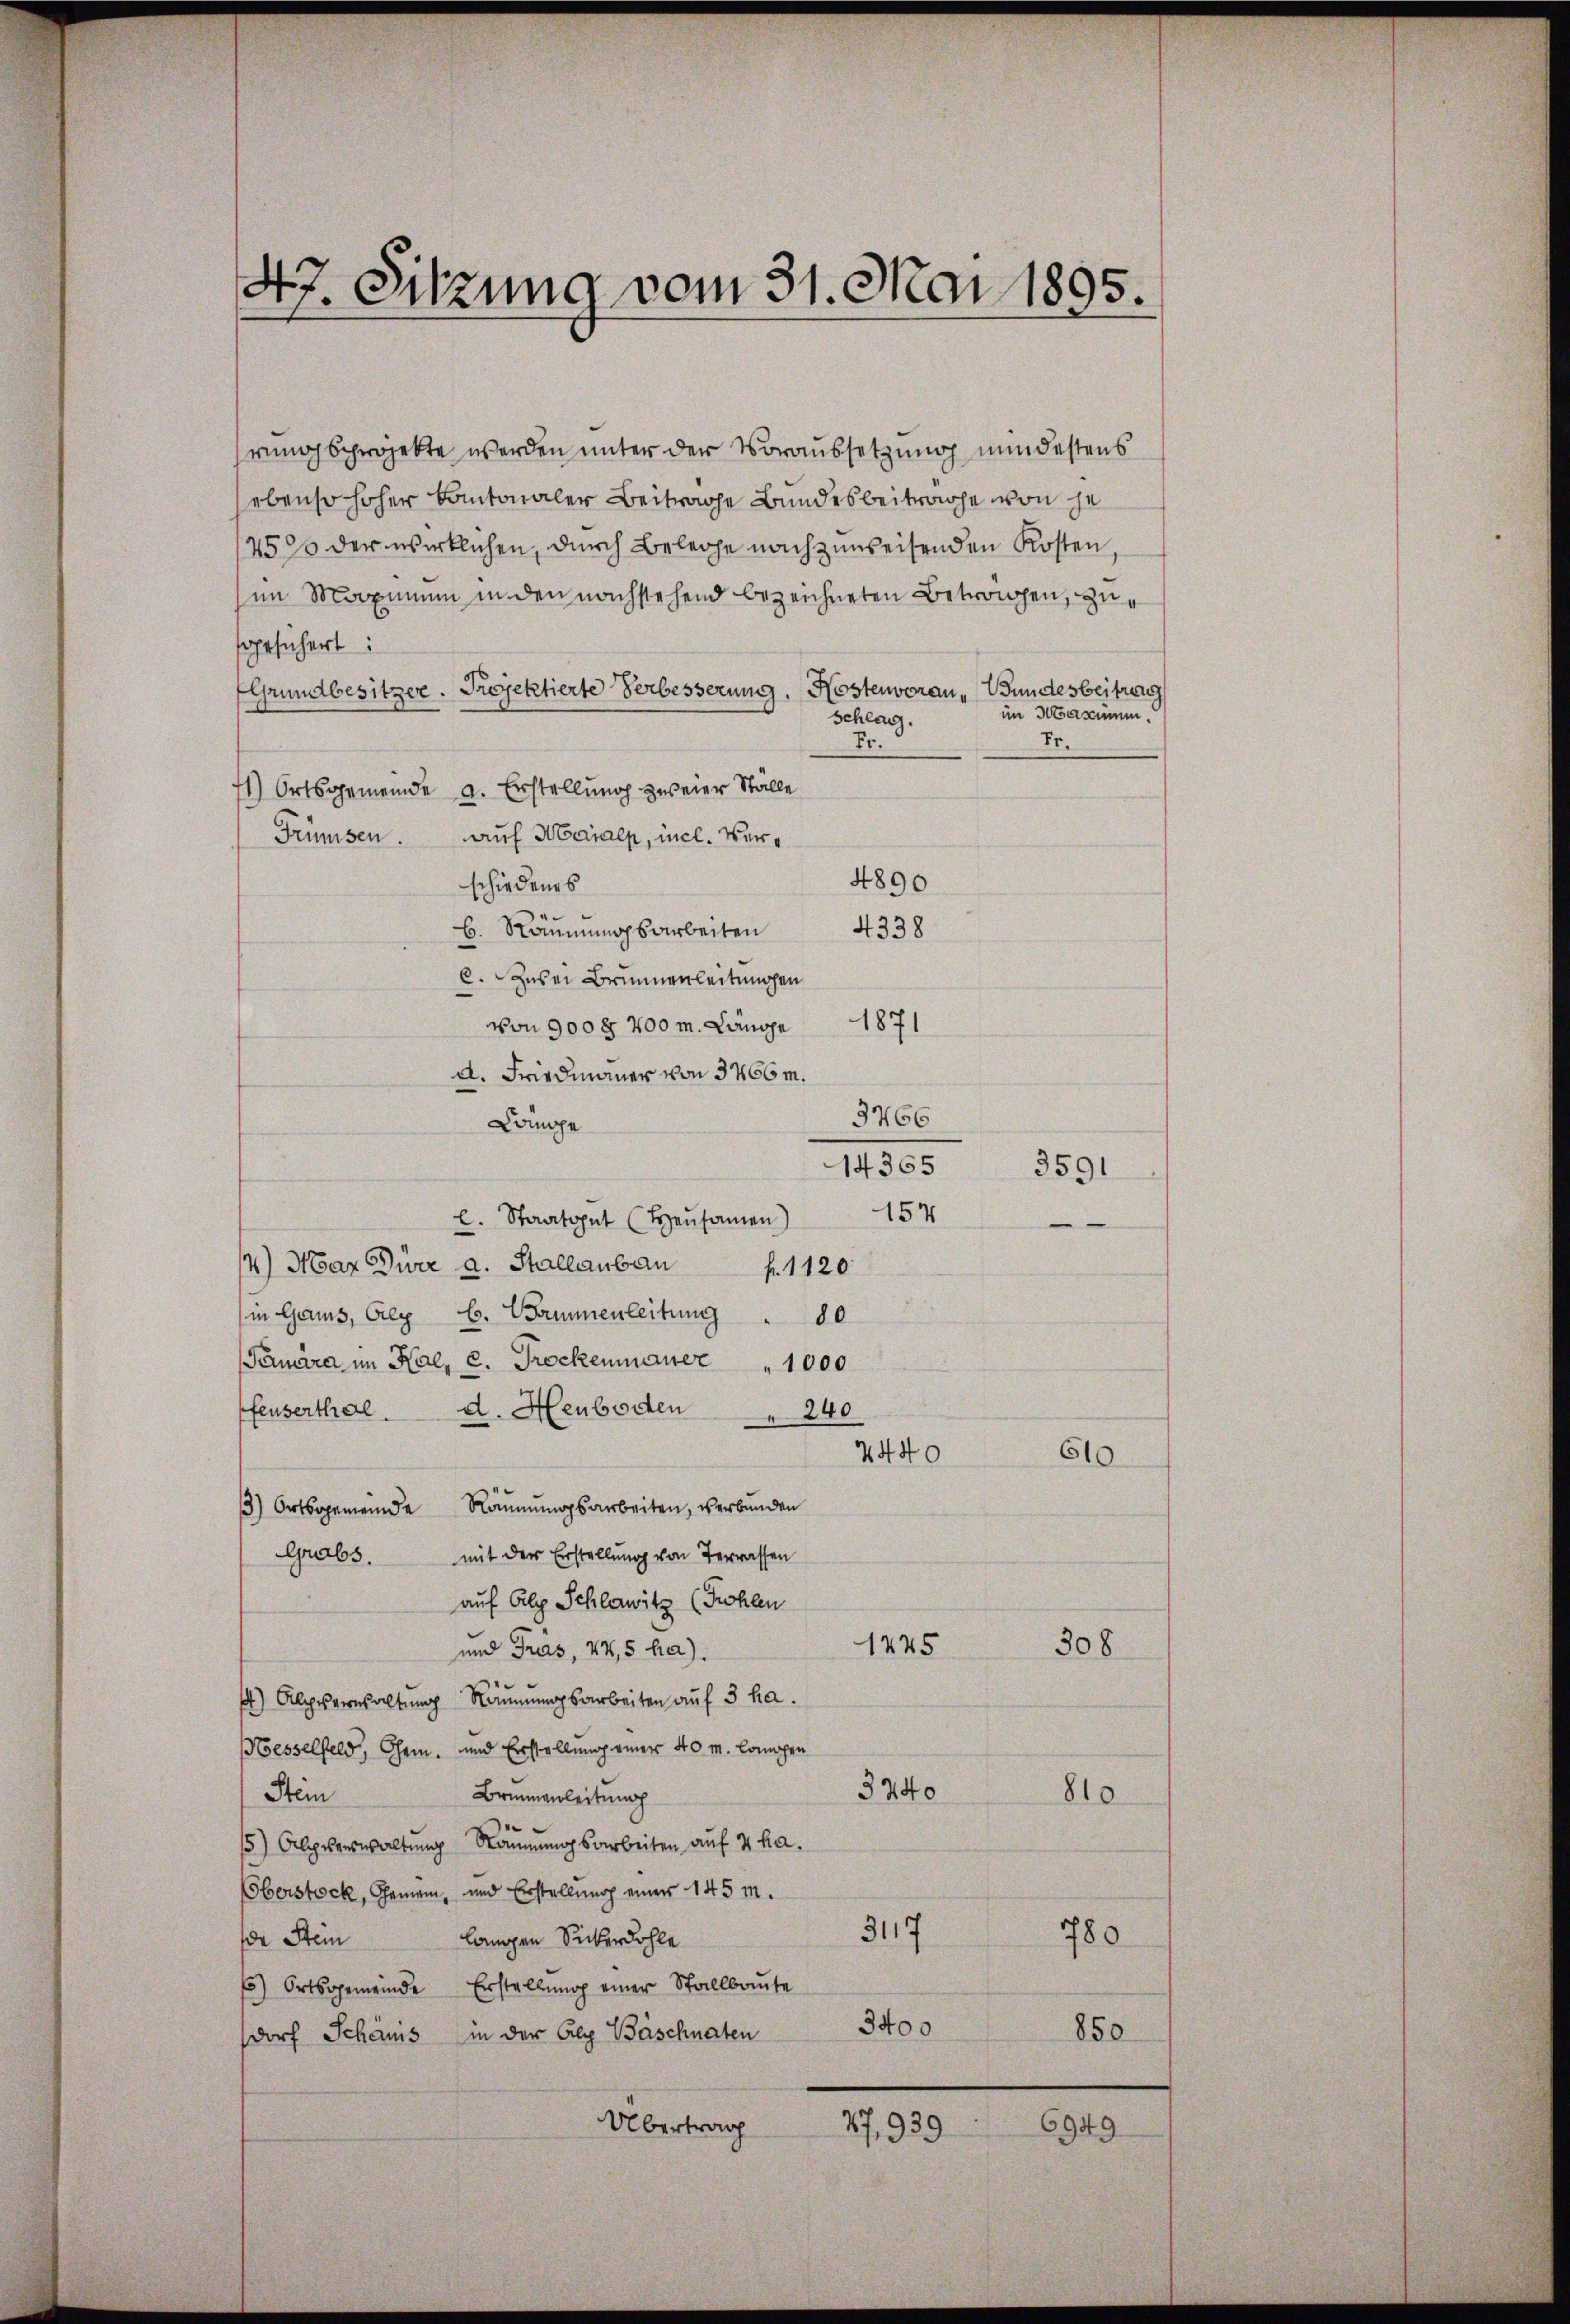
hrungsprojekte werden unter der Voraussetzung mindestens
ebenso hoher Kantonaler Beitrage Bundesbeitrage von je
45 % der wirklichen, durch Belege nachzuweisenden Kosten
im Maximum in den nachstehend bezeichneten Betrahen, zue
gesichert:
Grundbesitzer. Projektierte Verbesserung. Kostenvoran-Wundesbeitrag
im Intersammen.
schlag.
Fr.
Fr.
71) Ortsgemeinde a. Erstellung zweier Ställe
Frümsen. Auf Marialp, incl. Ver¬
4890
schiedenes
H. Räumungsarbeiten 4338
C. Zwei Brunnenleitungen
von 900 § 200 m. Länge 1871
d. Friedmauer von 3466m.
3766
Länge
14365
C. Statt (Haŭsamen 154
4) Mar Dürr a. Stallaubau
f. 1120.
in Gams, Alg C. Sammenleitung " 80
Pancra im Hal, c. Trockenmauer  "  1000
d. Heuboden
feuserthal.
240
2440
610
3) Ortsgemeinde Räumungsarbeiten, verbunden
Grabs, mit der Erstellŭng von Terrassen
auf Alg Schlawitz (Kohlen
1445
308
und Präs, VV.5 ha).
) Alpverwaltŭng Räumungsarbeiten auf 3 ha.
Messelfeld, Chem. und Erstellung einer 40 m langen
3240
Brunnenleitung
Stem
810
15) Alpverwaltung Räumungsarbeiten auf 2 ha¬
Oberstock, Gemein, und Erstellung einer 145 m.
3117
780
langen Sickerdohle
de Stein
) Ortsgemeinde Erstellung einer Stallbaute
3400
850
dorf Schanis in der Alp Bäschnaten
Übertrag
77,939
6949

47. Sitzung vom 31. Mai 1895.

3591